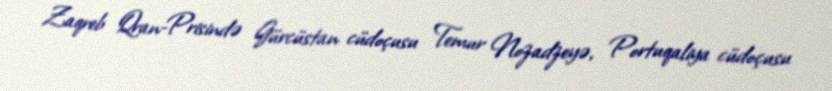
Zaqreb Qran-Prisində Gürcüstan cüdoçusu Temur Nozadzeyə, Portuqaliya cüdoçusu